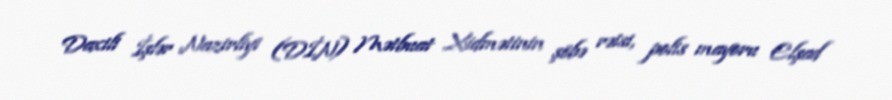
Daxili İşlər Nazirliyi (DİN) Mətbuat Xidmətinin şöbə rəisi, polis mayoru Elşad